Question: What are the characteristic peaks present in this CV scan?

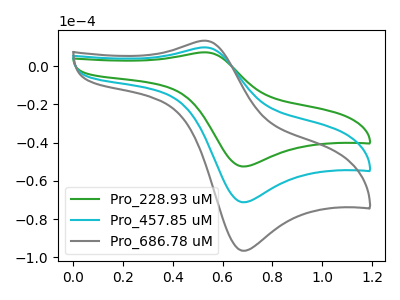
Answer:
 <answer>The green curve "Pro_228.93 uM" has an anodic peak at (0.55V, 7.25uA) and a cathodic peak at (0.70V, -52.40uA). The cyan curve "Pro_457.85 uM" has an anodic peak at (0.55V, 9.85uA) and a cathodic peak at (0.70V, -71.10uA). The gray curve "Pro_686.78 uM" has an anodic peak at (0.55V, 19.65uA) and a cathodic peak at (0.70V, -142.20uA).</answer>
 <eval></eval>